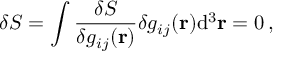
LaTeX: \delta S = \int { \frac { \delta S } { \delta g _ { i j } ( \mathbf { r } ) } } \delta g _ { i j } ( \mathbf { r } ) \mathrm { d } ^ { 3 } \mathbf { r } = 0 \, ,